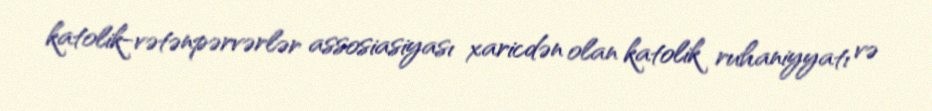
katolik-vətənpərvərlər assosiasiyası xaricdən olan katolik ruhaniyyatı və